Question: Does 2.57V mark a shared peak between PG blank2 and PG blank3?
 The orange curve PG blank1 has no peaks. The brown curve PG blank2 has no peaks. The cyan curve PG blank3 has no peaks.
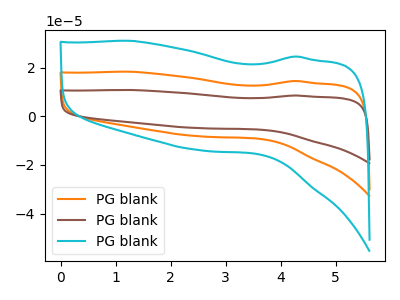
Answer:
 <answer>No, "PG blank2" and "PG blank3" dont share a peak at 2.57V.</answer>
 <eval>mismatch</eval>